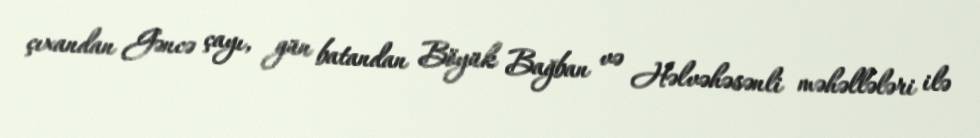
çıxandan Gəncə çayı, gün batandan Böyük Bağban və Həlvəhəsənli məhəllələri ilə